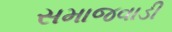
સમાજવાડી